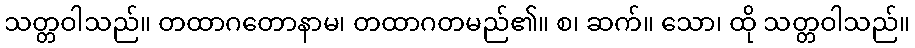
သတ္တဝါသည်။ တထာဂတောနာမ၊ တထာဂတမည်၏။ စ၊ ဆက်။ သော၊ ထို သတ္တဝါသည်။